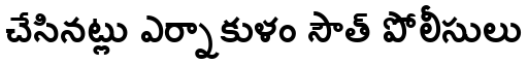
చేసినట్లు ఎర్నాకుళం సౌత్ పోలీసులు